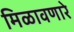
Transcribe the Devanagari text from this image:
मिळावणारे